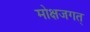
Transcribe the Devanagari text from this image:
मोक्षजगत्